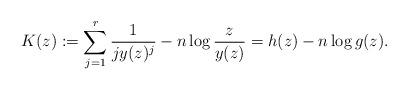
LaTeX: \begin{align*} K(z):= \sum_{j=1}^r \frac{1}{j y(z)^j}-n\log \frac{z}{y(z)}= h(z)-n\log g(z).\end{align*}